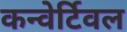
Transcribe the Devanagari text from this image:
कन्वेर्टिवल